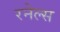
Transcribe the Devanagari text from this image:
रनेल्स